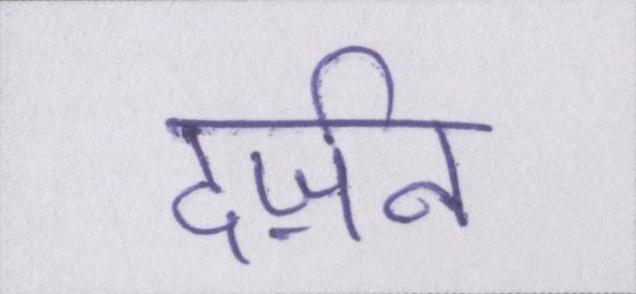
दर्ज़न